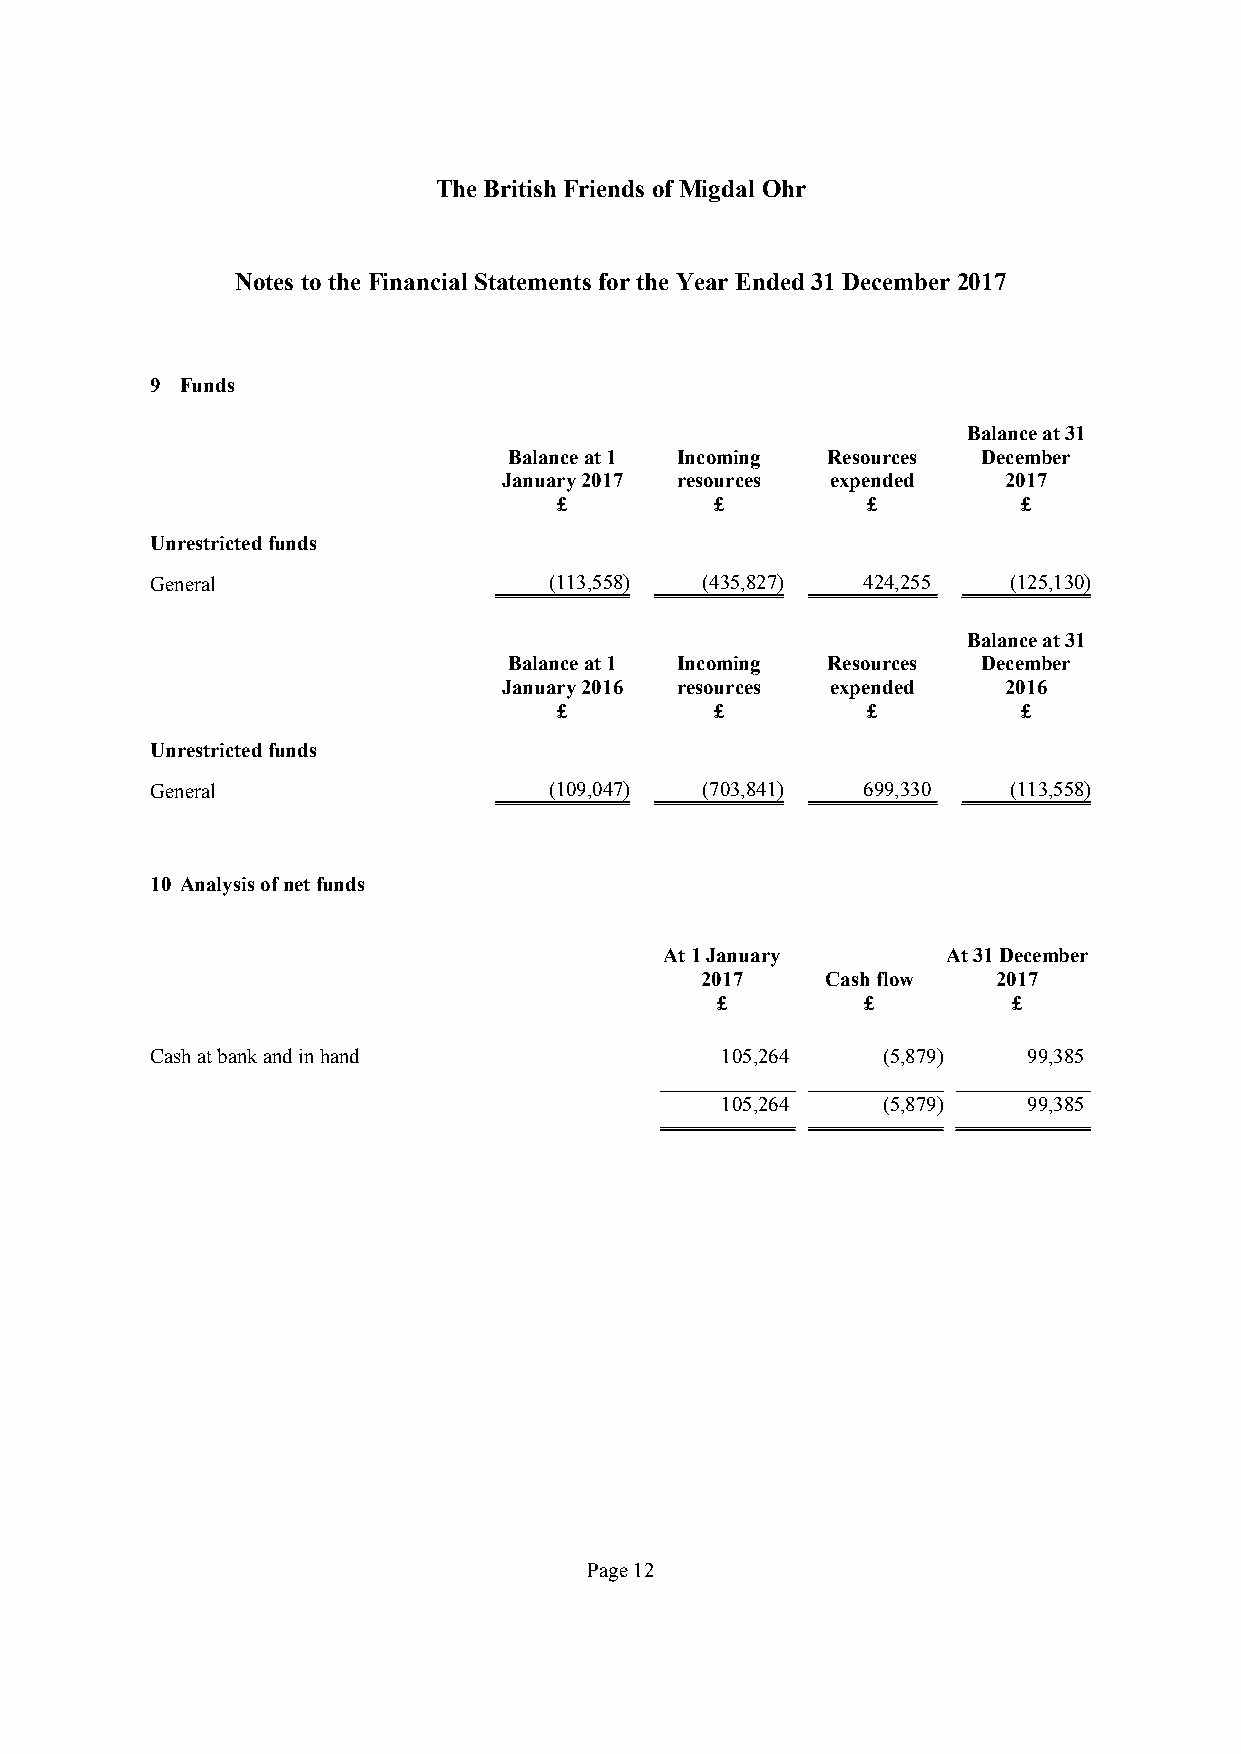
TheBritish Friends ofMigdal Ohr
 Notes tothe Financial Statements forthe Year Ended31December 2017
 9 Funds
 Balanceat31
 Balanceat1 Incoming  Resources December
 January2017 resources expended    2017
 £         £         £          £
 Unrestrictedfunds
 General                   (113,558) (435,827)  424,255   (125,130)
 Balanceat31
 Balanceat1 Incoming  Resources December
 January2016 resources expended    2016
 £         £         £          £
 Unrestrictedfunds
 General                   (109,047) (703,841)  699,330   (113,558)
 10 Analysisofnetfunds
 At1January         At31December
 2017     Cashflow   2017
 £         £         £
 Cashatbankandinhand                   105,264   (5,879)   99,385
 105,264   (5,879)   99,385
 Page12